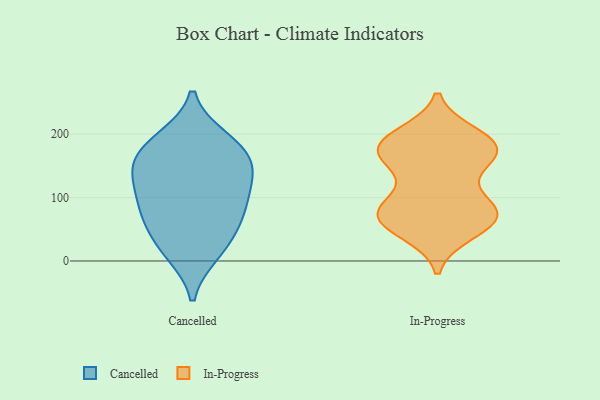
{"axis": {"x": "Website Visitors", "y": "Value"}, "legend": ["Cancelled", "In-Progress"], "data": [{"x": "", "y": 15, "type": "Cancelled"}, {"x": "", "y": 12, "type": "Cancelled"}, {"x": "", "y": 161, "type": "Cancelled"}, {"x": "", "y": 138, "type": "Cancelled"}, {"x": "", "y": 193, "type": "Cancelled"}, {"x": "", "y": 78, "type": "Cancelled"}, {"x": "", "y": 192, "type": "Cancelled"}, {"x": "", "y": 161, "type": "Cancelled"}, {"x": "", "y": 123, "type": "Cancelled"}, {"x": "", "y": 61, "type": "Cancelled"}, {"x": "", "y": 98, "type": "Cancelled"}, {"x": "", "y": 81, "type": "Cancelled"}, {"x": "", "y": 44, "type": "Cancelled"}, {"x": "", "y": 126, "type": "Cancelled"}, {"x": "", "y": 168, "type": "Cancelled"}, {"x": "", "y": 150, "type": "In-Progress"}, {"x": "", "y": 81, "type": "In-Progress"}, {"x": "", "y": 75, "type": "In-Progress"}, {"x": "", "y": 173, "type": "In-Progress"}, {"x": "", "y": 73, "type": "In-Progress"}, {"x": "", "y": 168, "type": "In-Progress"}, {"x": "", "y": 64, "type": "In-Progress"}, {"x": "", "y": 92, "type": "In-Progress"}, {"x": "", "y": 185, "type": "In-Progress"}, {"x": "", "y": 45, "type": "In-Progress"}, {"x": "", "y": 48, "type": "In-Progress"}, {"x": "", "y": 94, "type": "In-Progress"}, {"x": "", "y": 184, "type": "In-Progress"}, {"x": "", "y": 156, "type": "In-Progress"}, {"x": "", "y": 68, "type": "In-Progress"}, {"x": "", "y": 183, "type": "In-Progress"}, {"x": "", "y": 167, "type": "In-Progress"}, {"x": "", "y": 199, "type": "In-Progress"}, {"x": "", "y": 196, "type": "In-Progress"}, {"x": "", "y": 72, "type": "In-Progress"}]}